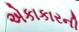
એકાકારની